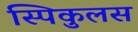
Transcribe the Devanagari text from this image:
स्पिकुलस